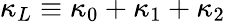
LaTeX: \kappa_{L}\equiv\kappa_{0}+\kappa_{1}+\kappa_{2}